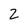
Character: 2